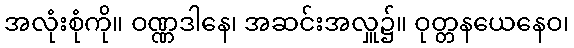
အလုံးစုံကို။ ဝဏ္ဏဒါနေ၊ အဆင်းအလှူ၌။ ဝုတ္တနယေနေဝ၊